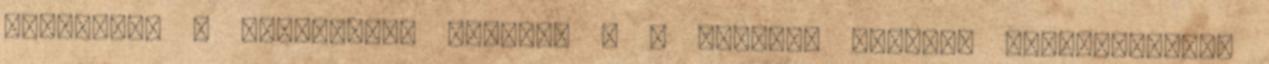
fogyasztó – választása szerint – a vételár arányos leszállítását